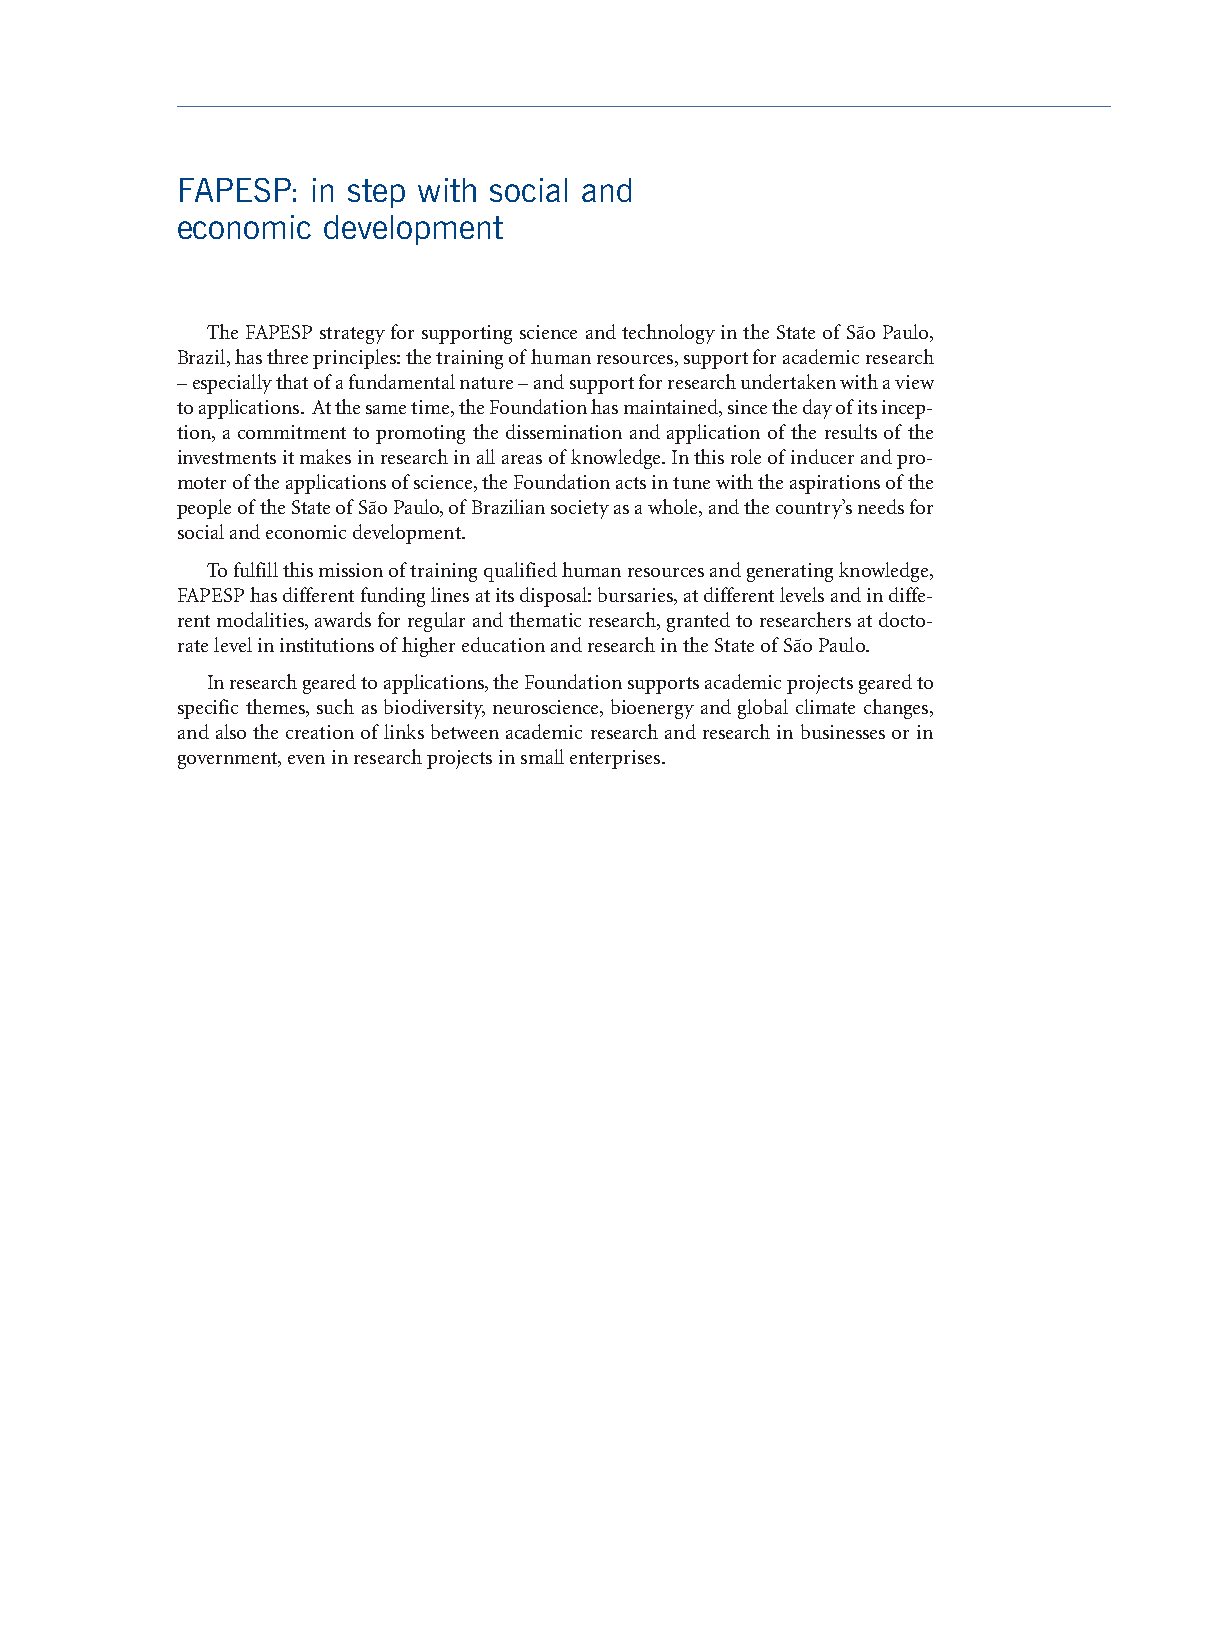
FAPESP:  in step with social and
 economic development
 The FAPESP strategy for supporting science and technology in the State of São Paulo,
 Brazil,has three principles:the training ofhuman resources,support for academic research
 –especially that ofa fundamental nature – and support for research undertaken with a view
 to applications. At the same time,the Foundation has maintained,since the day ofits incep-
 tion,a commitment to promoting the dissemination and application of the results of the
 investments it makes in research in all areas ofknowledge.In this role ofinducer and pro-
 moter ofthe applications ofscience,the Foundation acts in tune with the aspirations ofthe
 people ofthe State ofSão Paulo,ofBrazilian society as a whole,and the country’s needs for
 social and economic development.
 To fulfill this mission oftraining qualified human resources and generating knowledge,
 FAPESP has different funding lines at its disposal:bursaries,at different levels and in diffe-
 rent modalities,awards for regular and thematic research,granted to researchers at docto-
 rate level in institutions ofhigher education and research in the State ofSão Paulo.
 In research geared to applications,the Foundation supports academic projects geared to
 specific themes,such as biodiversity,neuroscience,bioenergy and global climate changes,
 and also the creation of links between academic research and research in businesses or in
 government,even in research projects in small enterprises.